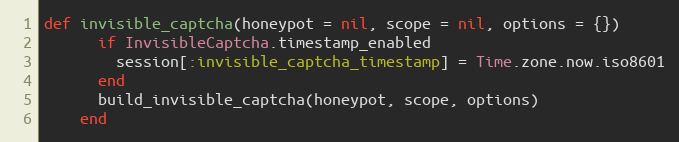
Language: Ruby
def invisible_captcha(honeypot = nil, scope = nil, options = {})
      if InvisibleCaptcha.timestamp_enabled
        session[:invisible_captcha_timestamp] = Time.zone.now.iso8601
      end
      build_invisible_captcha(honeypot, scope, options)
    end